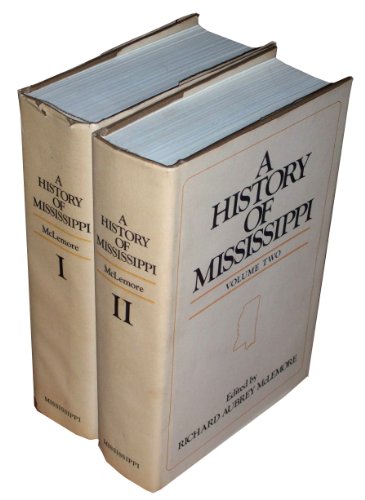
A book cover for A History of Mississippi (2 Volumes); Travel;